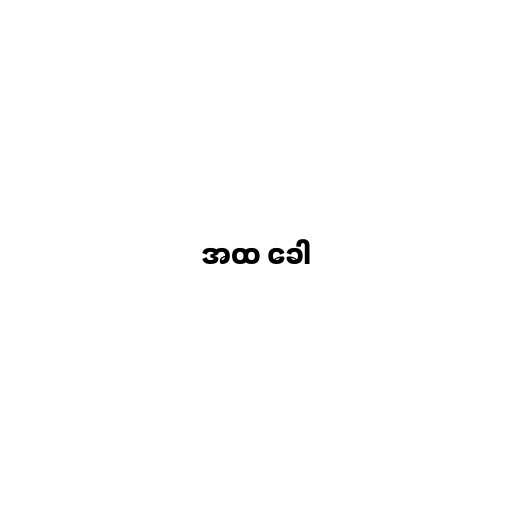
အထ ခေါ